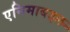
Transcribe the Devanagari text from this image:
एनिमाबद्दल